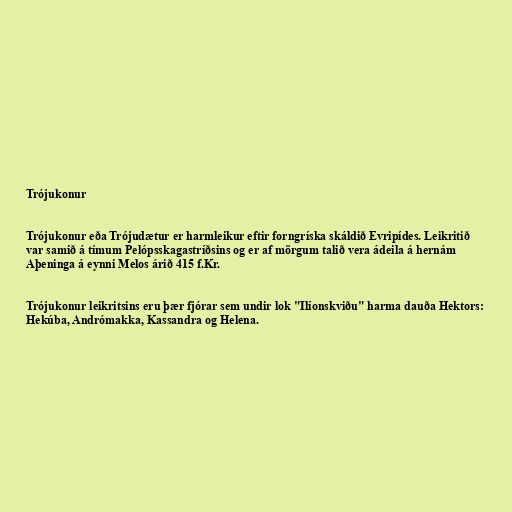
Trójukonur

Trójukonur eða Trójudætur er harmleikur eftir forngríska skáldið Evripídes. Leikritið
var samið á tímum Pelópsskagastríðsins og er af mörgum talið vera ádeila á hernám
Aþeninga á eynni Melos árið 415 f.Kr.

Trójukonur leikritsins eru þær fjórar sem undir lok "Ilíonskviðu" harma dauða Hektors:
Hekúba, Andrómakka, Kassandra og Helena.